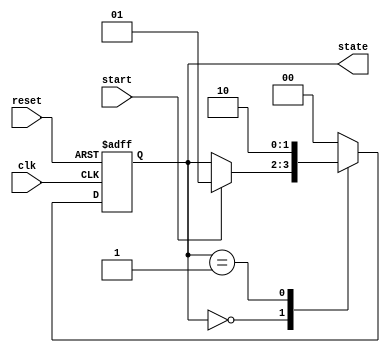
module simple_fsm (
    input wire clk,         // Clock signal
    input wire reset,       // Reset signal
    input wire start,       // Start signal to initiate the state machine
    output reg [1:0] state  // 2-bit state output
);

// State encoding
localparam IDLE    = 2'b00,
           RUNNING = 2'b01,
           DONE    = 2'b10;

// Initial state
initial begin
    state = IDLE;
end

// State machine implementation using event control
always @(posedge clk or posedge reset) begin
    if (reset) begin
        state <= IDLE; // Reset state to IDLE
    end else begin
        case (state)
            IDLE: begin
                if (start) begin
                    state <= RUNNING; // Transition to RUNNING state
                end
            end
            
            RUNNING: begin
                // Simulate some processing
                // After processing, transition to DONE state
                state <= DONE; // Transition to DONE state
            end
            
            DONE: begin
                // Stay in DONE state or reset based on some condition
                // For this example, we'll go back to IDLE after one clock cycle
                state <= IDLE; // Transition back to IDLE
            end
            
            default: state <= IDLE; // Default case to handle unexpected states
        endcase
    end
end

endmodule